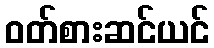
ဝတ်စားဆင်ယင်